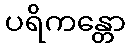
ပရိကန္တော